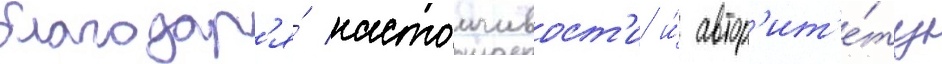
благодар'я́ настоичивост'и и́ автор'ит'е́ту